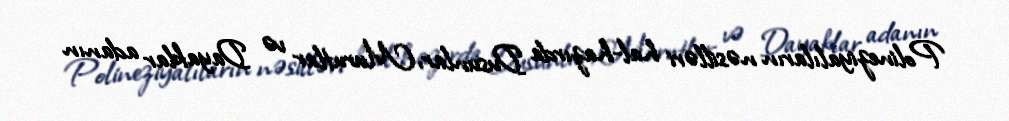
Polineziyalıların nəsilləri hal-hazırda Dusunlar, Murutlar və Dayaklar adanın